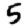
Digit: 5